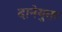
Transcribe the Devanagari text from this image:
दानेयुक्त